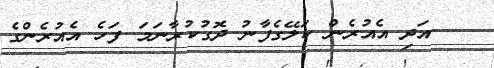
އަދި އެއުރެން ކަލޭގެފާނު ދޮގުކުރާނަމަ ފަހެ އެއުރެންގެ